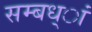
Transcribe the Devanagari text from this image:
सम्बध्ां